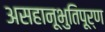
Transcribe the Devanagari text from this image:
असहानूभुतिपूर्ण